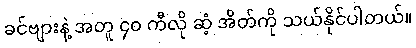
ခင်ဗျားနဲ့ အတူ ၄၀ ကီလို ဆံ့ အိတ်ကို သယ်နိုင်ပါတယ်။